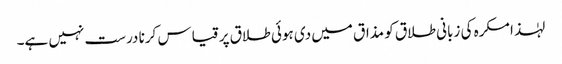
لہٰذا مکرہ کی زبانی طلاق کو مذاق میں دی ہوئی طلاق پر قیاس کرنا درست نہیں ہے۔